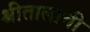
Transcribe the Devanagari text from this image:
श्रीतालाची